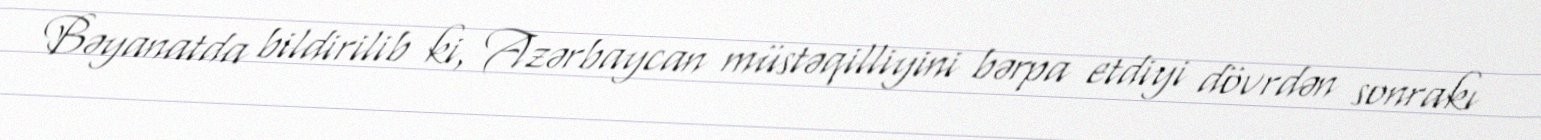
Bəyanatda bildirilib ki, Azərbaycan müstəqilliyini bərpa etdiyi dövrdən sonrakı